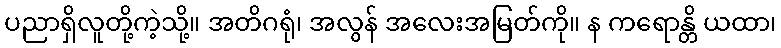
ပညာရှိလူတို့ကဲ့သို့။ အတိဂရုံ၊ အလွန် အလေးအမြတ်ကို။ န ကရောန္တိ ယထာ၊